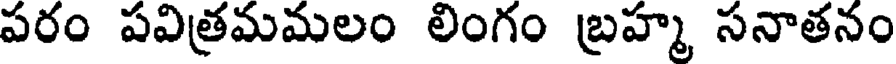
పరం పవిత్రమమలం లింగం బ్రహ్మ సనాతనం